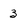
Character: 3